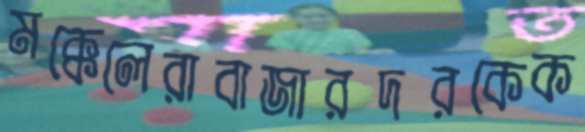
মক্কেলেরাবাজারদরকেক